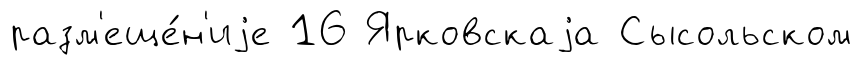
разм'еще́н'иjе 16 Ярковскаjа Сысольском